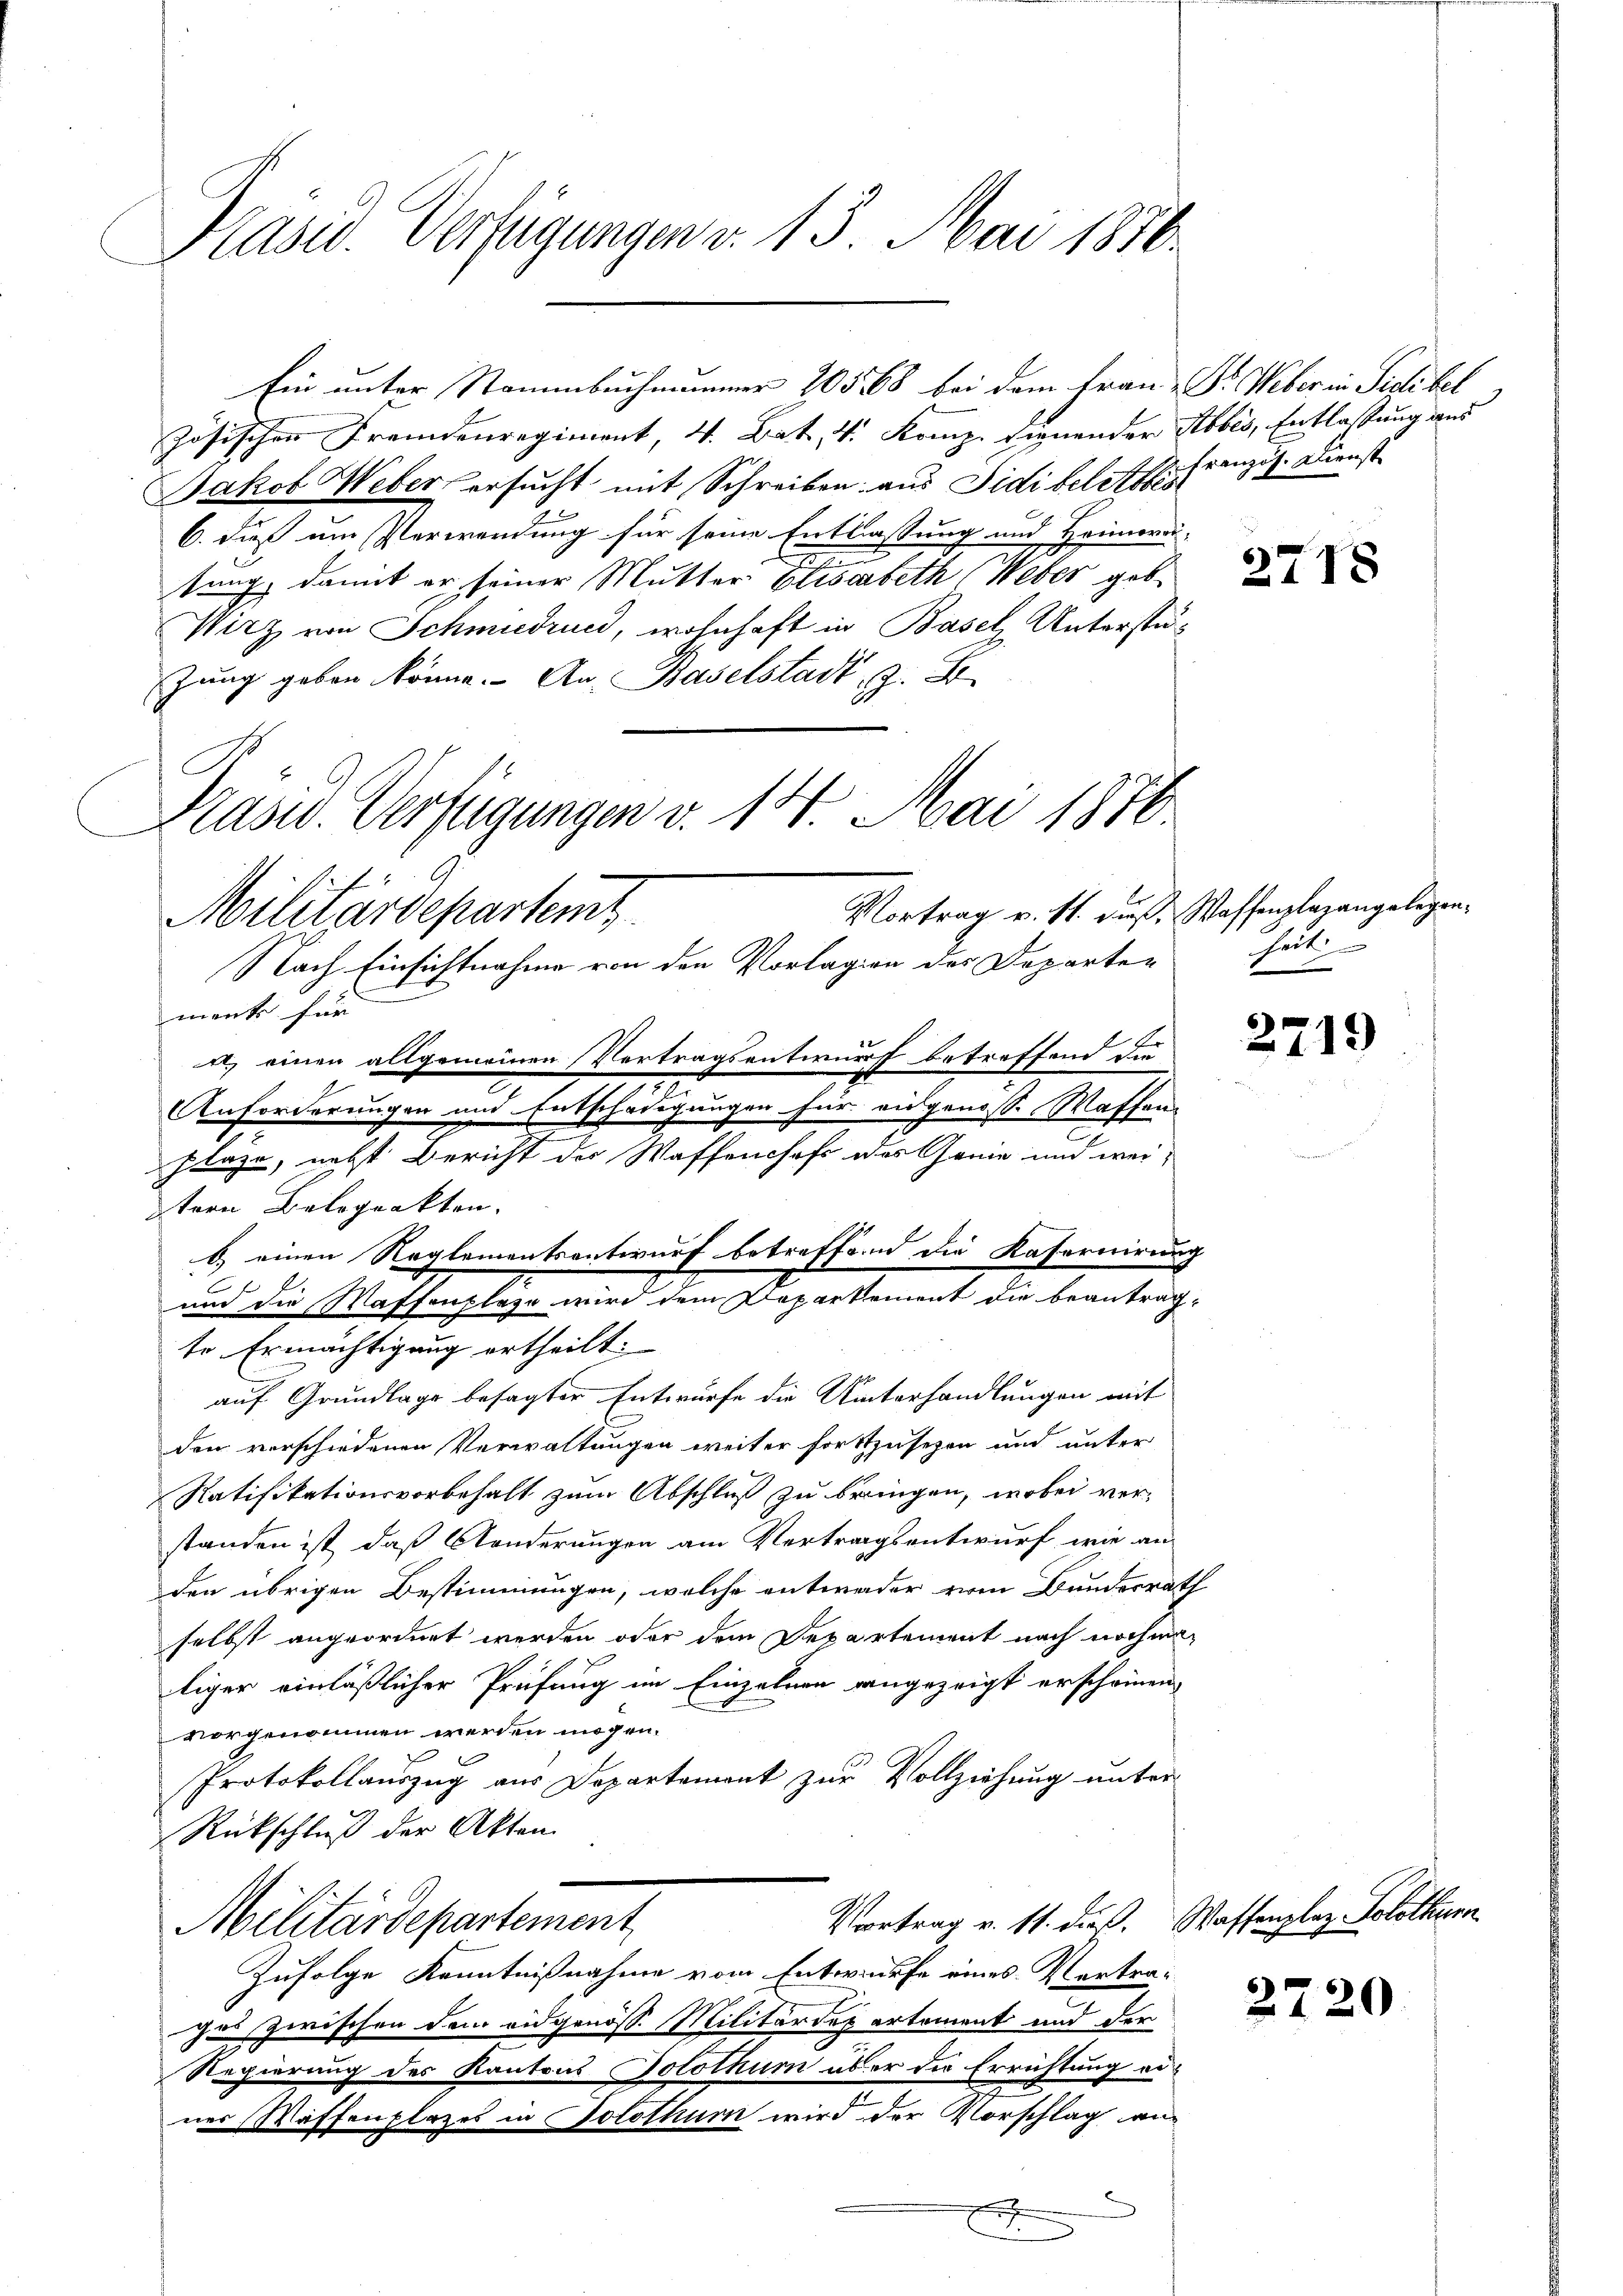
Präsid. Verfügungen v. 13. Mai 1876.

G
Militärdepartem

zösischen Fremdenregiment, 4. Bat. v. Komp. dienender Stobis, Entlassung aus
Jakob Weber ersucht mit Schreiben aus Sidi belitte französ. Dienst
6. dieß um Verwendung für seine Entlassung und Heimarai
sung, damit er seiner Mutter Elisabeth (Weber geb
Wirz von Schmudrund, wohnhaft in Basel, Unterstüzung geben könne. - An Baselstadt, z. B.
Nach Einsichtnahme von den Vorlagen des Departen
mank für
a) einen allgemeinen Vertragsentwurf betreffend die
7
Anforderungen und Entschädigungen für eidgenosse Waffen-
plaze, nebst Bericht der Waffenshofe des Genie und wei¬
Stern Beloprakten.
E.
te Ermächtigung ertheilt:
auf Grundlage besagter Entwurfe die Unterhandlungen mit
den verschiedenen Verwaltungen weiter fortzusehen und unter
Ratifikationsvorbehalt zum Abschluß zu bringen, wobei ver-
standen ist, daß Anderungen am Vertragsentwurf, wie an
den übrigen Bestimmungen, welche entweder vom Bunderrat
selbst angeordnet werden oder dem Departement nach nochmaliger einläßlicher Prüfung im Einzelnen angezeigt erscheinen,
vorgenommen werden mögen.
Protokollauszug aus Departemont zur Vollziehung unter-
Rückschluß der Akten.
Vortrag v. 11. dieß. Waffenplaz Solothur
Militärdepartement
Zufolge Kenntnißnahme vom Entwurfe eines Vertra-
ges zwischen dem eidgenöss. Militärdepartement und der
Regierung des Kantons Jolothum aber die Errichtung eines Waffenplazes in Solothur wird der Vorschlag an
¬
J

Ein unter Stammbuchmanner 205 68 bei dem Frau Dr. Weber in Pietibel

Präsid. Verfügungen v. 14. Mai 1876.
Vortrag v. Mt. dieß, Waffenplazangelegen¬

b.) einen Reglementsanteurf betreffend die Kasernirun
um die Waffenplaze wird dem Departement die beantrag

.

271.

heit

2719

2720